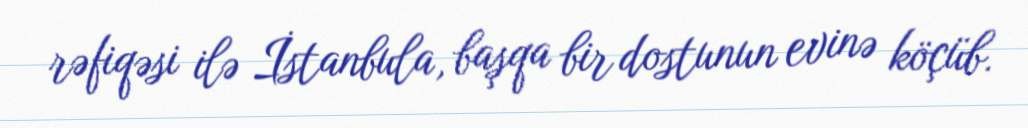
rəfiqəsi ilə İstanbula, başqa bir dostunun evinə köçüb.